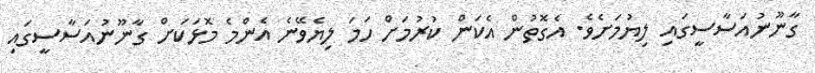
ގާނޫނުއަސާސީގައި ލިޔުމަށެވެ. އެގޮތުން އެކަން ކުރުމަށް ހަމަ ލިޔެވޭނެ އެންމެ މޮޅަކަށް ގާނޫނުއަސާސީގައި